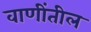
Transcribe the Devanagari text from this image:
वाणींतील